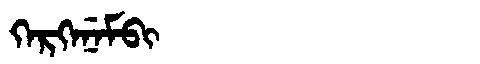
Manchu: ᡴᡝᡵᡴᡝᠨᡝᠮᠪᡳ
Romanization: KERKENEMBI